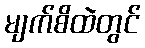
မျက်စိထဲတွင်